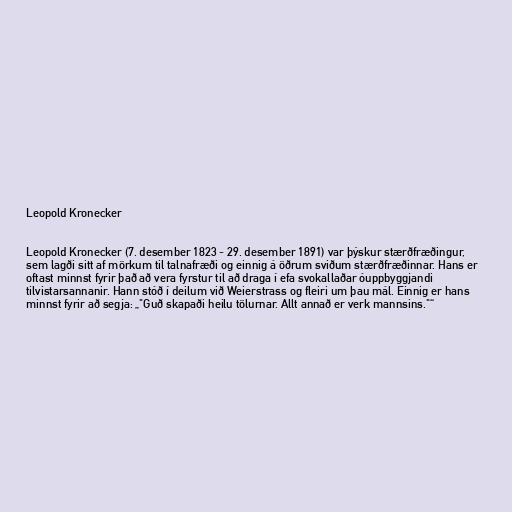
Leopold Kronecker

Leopold Kronecker (7. desember 1823 - 29. desember 1891) var þýskur stærðfræðingur,
sem lagði sitt af mörkum til talnafræði og einnig á öðrum sviðum stærðfræðinnar. Hans er
oftast minnst fyrir það að vera fyrstur til að draga í efa svokallaðar óuppbyggjandi
tilvistarsannanir. Hann stóð í deilum við Weierstrass og fleiri um þau mál. Einnig er hans
minnst fyrir að segja: „"Guð skapaði heilu tölurnar. Allt annað er verk mannsins."“